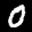
Label: 0